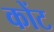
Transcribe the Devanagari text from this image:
कोंट